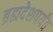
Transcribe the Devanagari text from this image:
ब्रह्मदेशपर्यंत